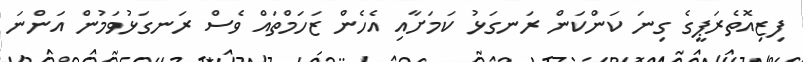
ފިޒިއޮތެރަޕީގެ ގިނަ ކަންކަން ރަނގަޅު ކަމަށާއި އެހެން ޒަހަމްތައް ވެސް ރަނގަޅުވަމުން އަންނަ